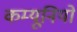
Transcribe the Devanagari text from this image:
कम्यूनियों